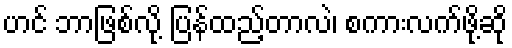
ဟင် ဘာဖြစ်လို့ ပြန်ထည့်တာလဲ၊ စကားလက်ဖို့ဆို